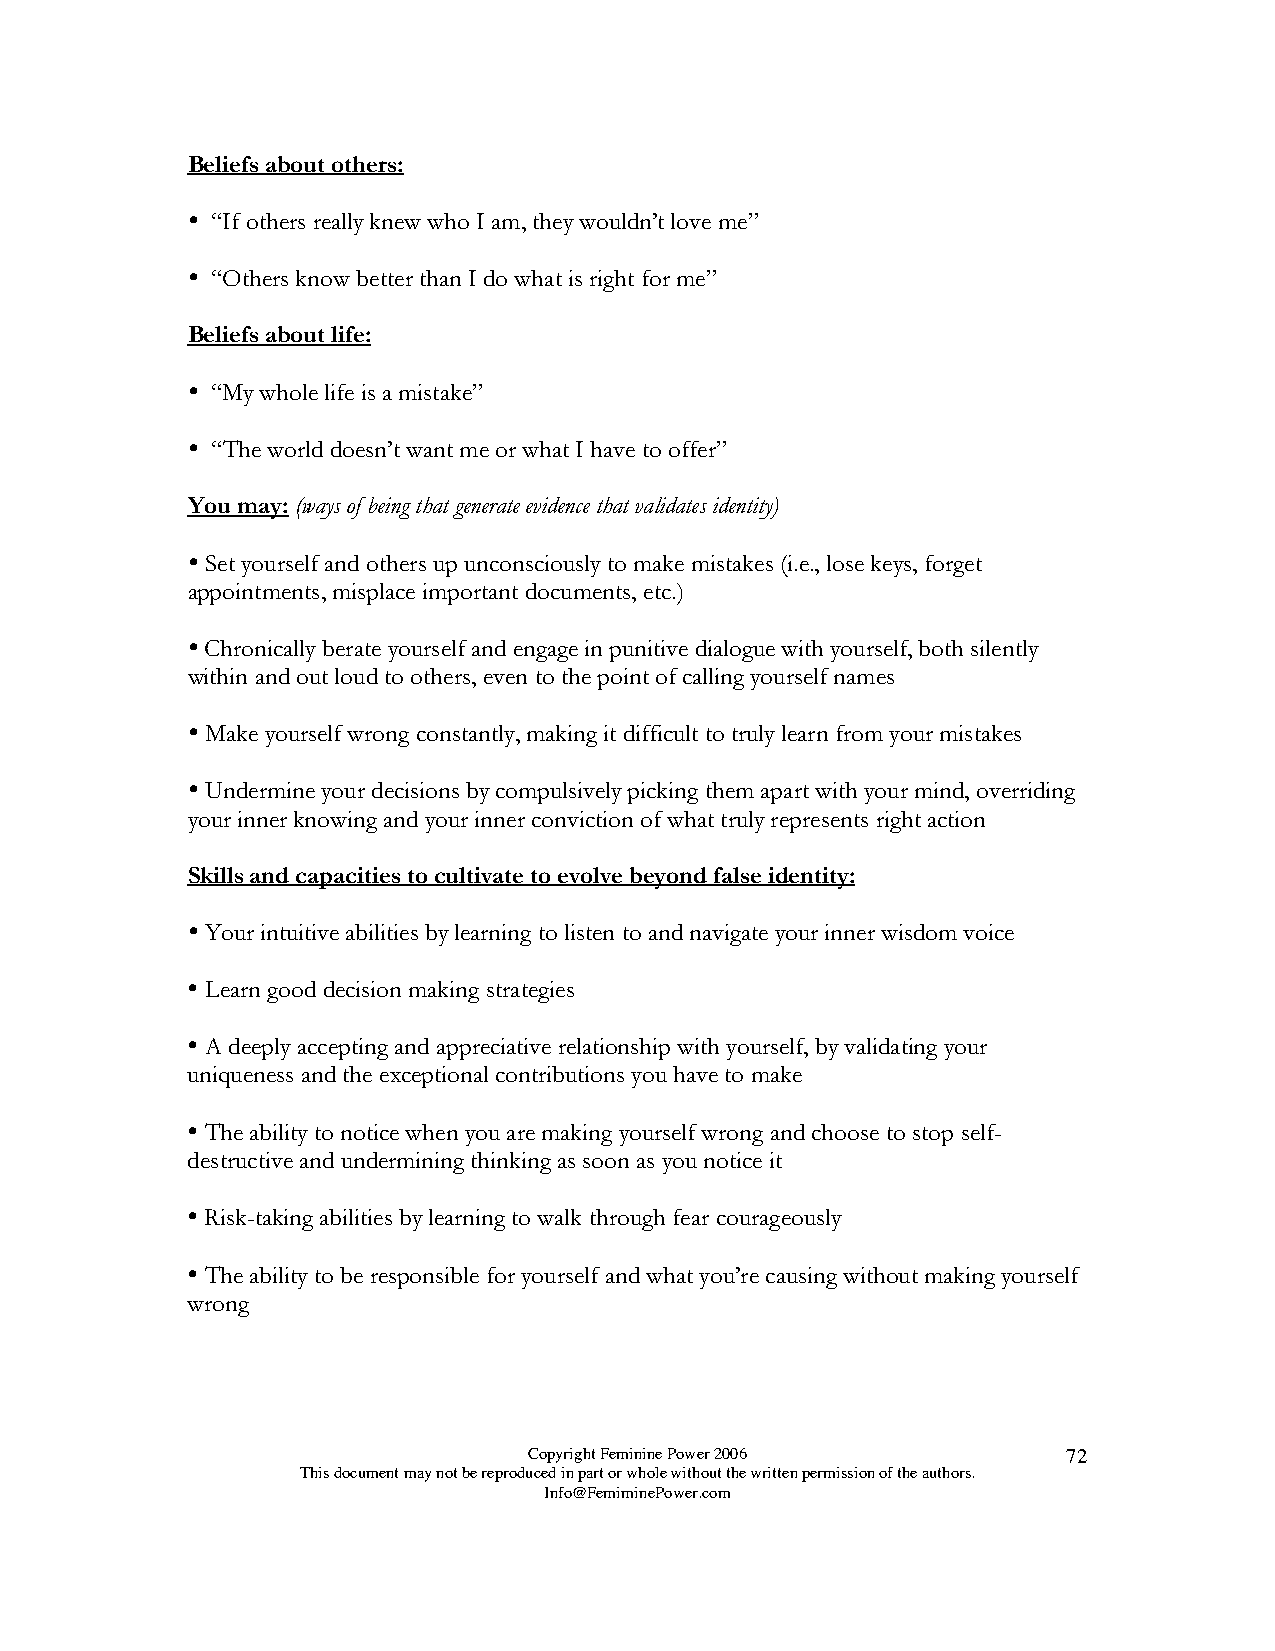
Beliefs about others:
 
 “If others really knew who I am, they wouldn’t love me”
 
 “Others know better than I do what is right for me”
 Beliefs about life:
 
 “My whole life is a mistake”
 
 “The world doesn’t want me or what I have to offer”
 You may: (ways of being that generate evidence that validates identity)
 
 Set yourself and others up unconsciously to make mistakes (i.e., lose keys, forget
 appointments, misplace important documents, etc.)
 
 Chronically berate yourself and engage in punitive dialogue with yourself, both silently
 within and out loud to others, even to the point of calling yourself names
 
 Make yourself wrong constantly, making it difficult to truly learn from your mistakes
 
 Undermine your decisions by compulsively picking them apart with your mind, overriding
 your inner knowing and your inner conviction of what truly represents right action
 Skills and capacities to cultivate to evolve beyond false identity:
 
 Your intuitive abilities by learning to listen to and navigate your inner wisdom voice
 
 Learn good decision making strategies
 
 A deeply accepting and appreciative relationship with yourself, by validating your
 uniqueness and the exceptional contributions you have to make
 
 The ability to notice when you are making yourself wrong and choose to stop self-
 destructive and undermining thinking as soon as you notice it
 
 Risk-taking abilities by learning to walk through fear courageously
 
 The ability to be responsible for yourself and what you’re causing without making yourself
 wrong
 Copyright Feminine Power 2006       72
 This document may not be reproduced in part or whole without the written permission of the authors.
 Info@FemiminePower.com